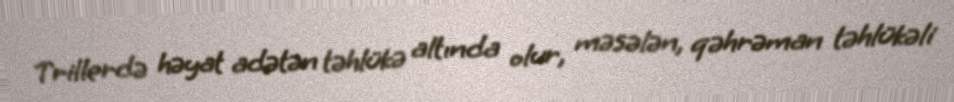
Trillerdə həyat adətən təhlükə altında olur, məsələn, qəhrəman təhlükəli